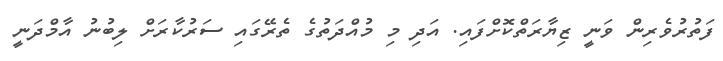
ފަތުރުވެރިން ވަނީ ޒިޔާރަތްކޮށްފައި. އަދި މި މުއްދަތުގެ ތެރޭގައި ސަރުކާރަށް ލިބުނު އާމްދަނީ